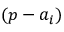
\left( p - { { a } _ { i } } \right)